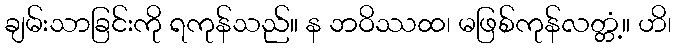
ချမ်းသာခြင်းကို ရကုန်သည်။ န ဘဝိဿထ၊ မဖြစ်ကုန်လတ္တံ့။ ဟိ၊